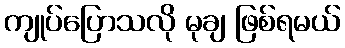
ကျုပ်ပြောသလို မုချ ဖြစ်ရမယ်